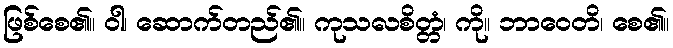
ဖြစ်စေ၏။ ဝါ၊ ဆောက်တည်၏။ ကုသလစိတ္တံ၊ ကို။ ဘာဝေတိ၊ စေ၏။